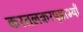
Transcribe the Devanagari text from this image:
करतलकरपृष्ठाभ्याँ